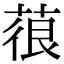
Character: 䓳